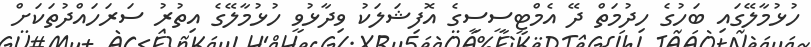
ހުޅުމާލޭގައި ބަހުގެ ހިދުމަތް ދޭ އެމްޓީސީސީގެ އޮފިޝަލަކު ވިދާޅުވީ ހުޅުމާލޭގެ އިތުރު ސަރަހައްދުތަކަށް